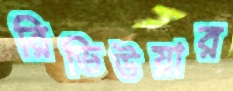
রিভিউয়ার